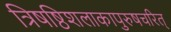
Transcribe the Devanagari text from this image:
त्रिषष्ठिशलाकापुरुषचरित्